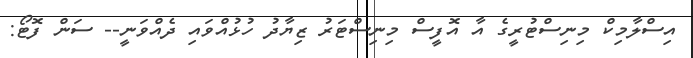
އިސްލާމިކް މިނިސްޓުރީގެ އާ އޮފީސް މިނިސްޓަރު ޒިޔާދު ހުޅުއްވައި ދެއްވަނީ-- ސަން ފޮޓޯ: